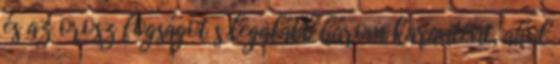
és az orosz fogságot s legalább három karantént, ahol